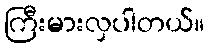
ကြီးမားလှပါတယ်။